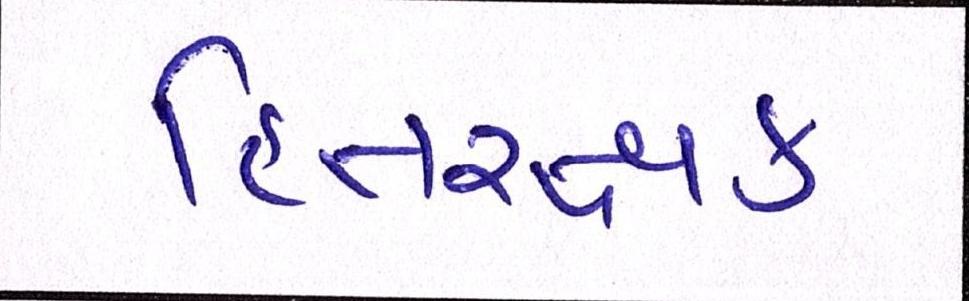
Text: હિતરક્ષક